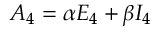
{ \cal A } _ { 4 } = \alpha E _ { 4 } + \beta I _ { 4 }